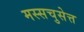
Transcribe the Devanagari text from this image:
मस्सचुसेत्त